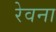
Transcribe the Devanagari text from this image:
रेवना